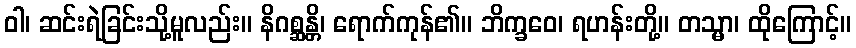
ဝါ၊ ဆင်းရဲခြင်းသို့မူလည်း။ နိဂစ္ဆန္တိ၊ ရောက်ကုန်၏။ ဘိက္ခဝေ၊ ရဟန်းတို့။ တသ္မာ၊ ထိုကြောင့်။